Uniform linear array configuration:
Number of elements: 64
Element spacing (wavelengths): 1
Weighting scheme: binomial
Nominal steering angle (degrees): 0
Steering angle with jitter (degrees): -0.824
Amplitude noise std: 0.05
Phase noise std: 0.05

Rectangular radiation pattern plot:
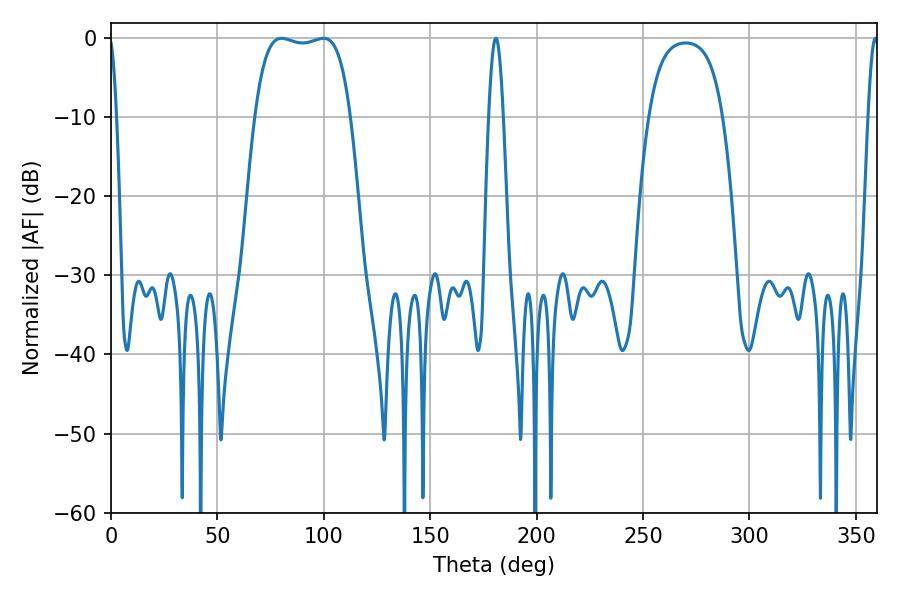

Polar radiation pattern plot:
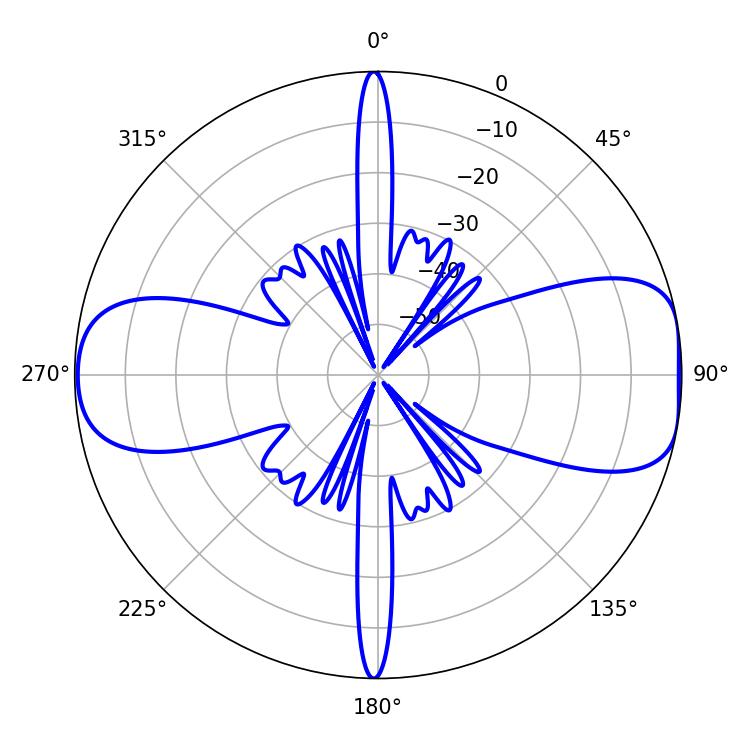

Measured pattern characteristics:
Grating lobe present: TRUE
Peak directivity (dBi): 9.327
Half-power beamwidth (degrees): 35.64
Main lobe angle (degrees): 99.9